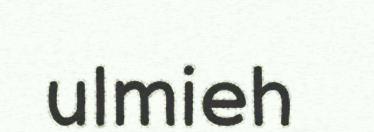
ulmieh